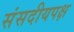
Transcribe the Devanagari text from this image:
संसदीयपक्ष